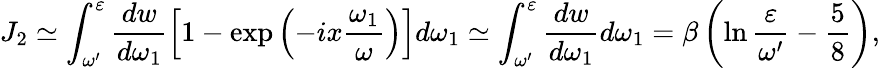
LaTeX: J_{2}\simeq\int_{\omega^{\prime}}^{\varepsilon}\frac{dw}{d\omega_{1}}\left[1-\exp\left(-ix\frac{\omega_{1}}{\omega}\right)\right]d\omega_{1}\simeq\int_{\omega^{\prime}}^{\varepsilon}\frac{dw}{d\omega_{1}}d\omega_{1}=\beta\left(\ln\frac{\varepsilon}{\omega^{\prime}}-\frac{5}{8}\right),